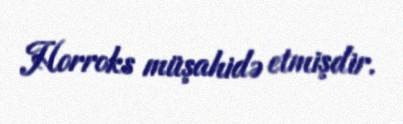
Horroks müşahidə etmişdir.